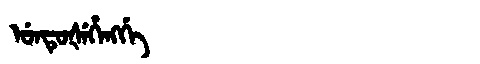
Manchu: ᡠᠨᡨᡠᡧᡝᡥᡝᠩᡤᡝ
Romanization: UNTUŠEHENGGE